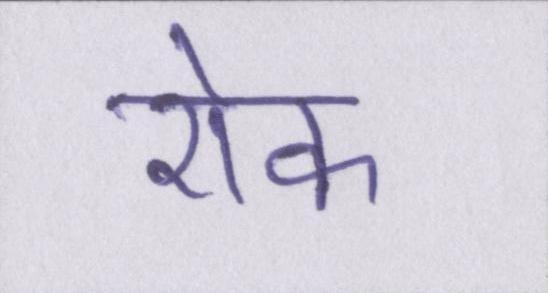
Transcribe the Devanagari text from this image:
रॊक